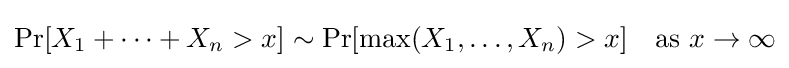
\Pr[X_{1}+\cdots +X_{n}>x]\sim \Pr[\max(X_{1},\ldots ,X_{n})>x]\quad {\text{as }}x\to \infty